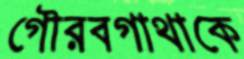
গৌরবগাথাকে